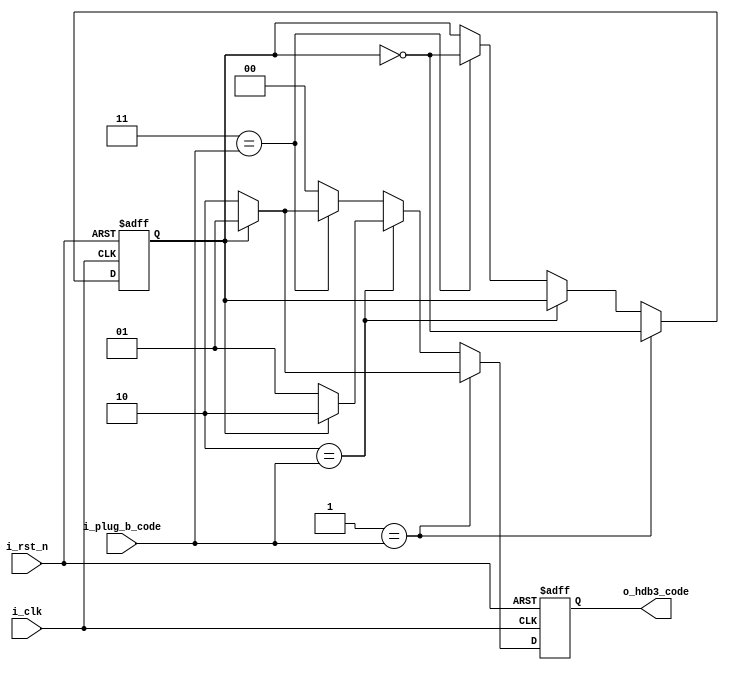
//*******************************FILE HEAD**************************************
//*********************Verilog HDL *********************
// FUNCTION        : HDB3
// AUTHOR          : 
// DATE & REVISION : 
// COMPANY         : Verilog HDL 
// UPDATE          :
//******************************************************************************
`timescale 1ns/1ns

module hdb3_d2t
    (
        input i_rst_n, //
        input i_clk, //
        input [1 : 0] i_plug_b_code,
        output reg [1 : 0] o_hdb3_code
    );
    
    reg r_not_0_parity;
    
    
    always @(posedge i_clk, negedge i_rst_n) 
    begin
        if(1'b0 == i_rst_n)
        begin
            r_not_0_parity <= 1'b0;
            o_hdb3_code <= 2'b0;
        end
        else
        begin
            if(2'b01 == i_plug_b_code)
                if(1'b1 == r_not_0_parity)
                begin
                    o_hdb3_code <= 2'b01;
                    r_not_0_parity <= ~r_not_0_parity;
                end
                else
                begin
                    o_hdb3_code <= 2'b10;
                    r_not_0_parity <= ~r_not_0_parity;
                end
            else if(2'b10 == i_plug_b_code)
                if(1'b1 == r_not_0_parity)
                begin
                    o_hdb3_code <= 2'b10;
                    r_not_0_parity <= r_not_0_parity;
                end
                else
                begin
                    o_hdb3_code <= 2'b01;
                    r_not_0_parity <= r_not_0_parity;
                end
            else if(2'b11 == i_plug_b_code)
                if(1'b1 == r_not_0_parity)
                begin
                    o_hdb3_code <= 2'b01;
                    r_not_0_parity <= ~r_not_0_parity;
                end
                else
                begin
                    o_hdb3_code <= 2'b10;
                    r_not_0_parity <= ~r_not_0_parity;
                end
            else
                begin
                    o_hdb3_code <= 2'b0;
                    r_not_0_parity <= r_not_0_parity;
                end              
        end
	end
	    
endmodule
// END OF hdb3_d2t.v FILE ***************************************************